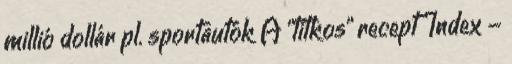
millió dollár pl. sportautók A "titkos" recept Index -